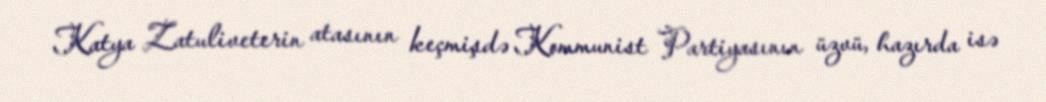
Katya Zatuliveterin atasının keçmişdə Kommunist Partiyasının üzvü, hazırda isə